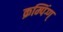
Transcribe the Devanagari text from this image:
क्रम्पिंग्ग्